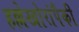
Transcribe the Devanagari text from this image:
हल्लेखोरांपैकी